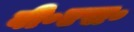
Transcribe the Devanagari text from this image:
वी॰एस॰